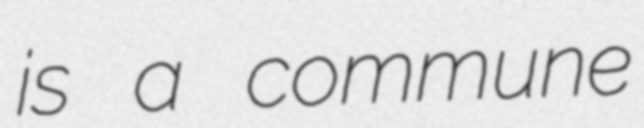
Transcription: is a commune